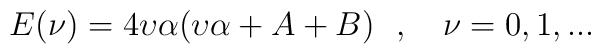
E(\nu )=4\upsilon \alpha (\upsilon \alpha +A+B)\ \ ,\quad \nu =0,1,...